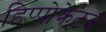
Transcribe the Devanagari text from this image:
हिप्पोक्रेटज